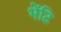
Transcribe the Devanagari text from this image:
भेंटि